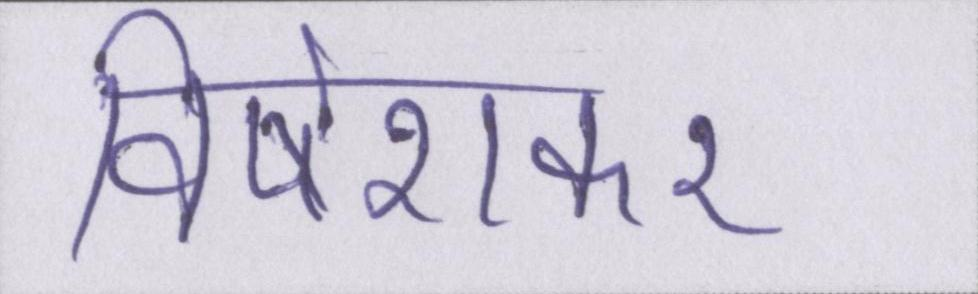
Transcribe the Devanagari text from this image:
विषेशकर